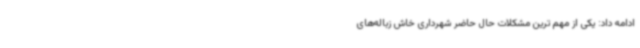
ادامه داد: یکی از مهم ‌ترین مشکلات حال حاضر شهرداری خاش زباله‌های